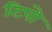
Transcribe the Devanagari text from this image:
टिपो